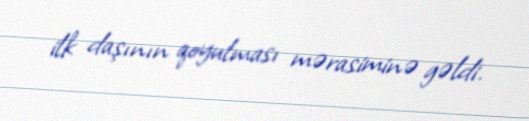
ilk daşının qoyulması mərasiminə gəldi.